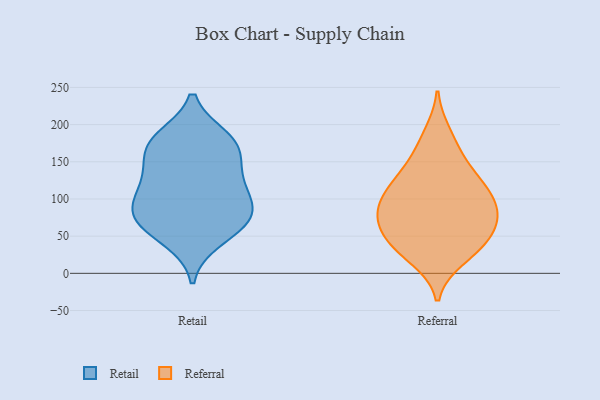
{"axis": {"x": "Active Users", "y": "Value"}, "legend": ["Referral", "Retail"], "data": [{"x": "", "y": 80, "type": "Retail"}, {"x": "", "y": 128, "type": "Retail"}, {"x": "", "y": 46, "type": "Retail"}, {"x": "", "y": 181, "type": "Retail"}, {"x": "", "y": 172, "type": "Retail"}, {"x": "", "y": 173, "type": "Retail"}, {"x": "", "y": 88, "type": "Retail"}, {"x": "", "y": 127, "type": "Retail"}, {"x": "", "y": 65, "type": "Retail"}, {"x": "", "y": 85, "type": "Retail"}, {"x": "", "y": 169, "type": "Retail"}, {"x": "", "y": 116, "type": "Retail"}, {"x": "", "y": 70, "type": "Retail"}, {"x": "", "y": 44, "type": "Referral"}, {"x": "", "y": 167, "type": "Referral"}, {"x": "", "y": 50, "type": "Referral"}, {"x": "", "y": 112, "type": "Referral"}, {"x": "", "y": 20, "type": "Referral"}, {"x": "", "y": 127, "type": "Referral"}, {"x": "", "y": 81, "type": "Referral"}, {"x": "", "y": 69, "type": "Referral"}, {"x": "", "y": 188, "type": "Referral"}, {"x": "", "y": 81, "type": "Referral"}, {"x": "", "y": 103, "type": "Referral"}, {"x": "", "y": 142, "type": "Referral"}, {"x": "", "y": 124, "type": "Referral"}, {"x": "", "y": 37, "type": "Referral"}, {"x": "", "y": 27, "type": "Referral"}, {"x": "", "y": 96, "type": "Referral"}, {"x": "", "y": 62, "type": "Referral"}, {"x": "", "y": 83, "type": "Referral"}]}